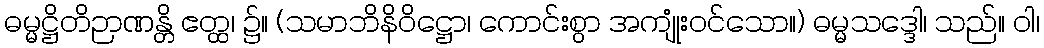
ဓမ္မဋ္ဌိတိဉာဏန္တိ ဧတ္ထ၊ ၌။ (သမာဘိနိဝိဋ္ဌော၊ ကောင်းစွာ အကျုံးဝင်သော။) ဓမ္မသဒ္ဒေါ၊ သည်။ ဝါ၊